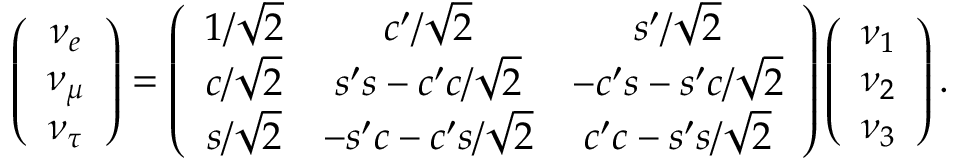
\left( \begin{array} { c } { { \nu _ { e } } } \\ { { \nu _ { \mu } } } \\ { { \nu _ { \tau } } } \end{array} \right) = \left( \begin{array} { c c c } { { 1 / \sqrt 2 } } & { { c ^ { \prime } / \sqrt 2 } } & { { s ^ { \prime } / \sqrt 2 } } \\ { { c / \sqrt 2 } } & { { s ^ { \prime } s - c ^ { \prime } c / \sqrt 2 } } & { { - c ^ { \prime } s - s ^ { \prime } c / \sqrt 2 } } \\ { { s / \sqrt 2 } } & { { - s ^ { \prime } c - c ^ { \prime } s / \sqrt 2 } } & { { c ^ { \prime } c - s ^ { \prime } s / \sqrt 2 } } \end{array} \right) \left( \begin{array} { c } { { \nu _ { 1 } } } \\ { { \nu _ { 2 } } } \\ { { \nu _ { 3 } } } \end{array} \right) .